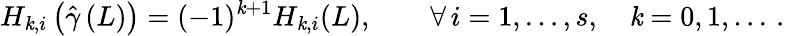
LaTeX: H_{\mathit{k},i}\left({\hat{{\gamma}}}\left(L\right)\right)=(-1)^{\mathit{k}+1}H_{\mathit{k},i}(L),\qquad\forall\, i=1,\ldots,s,\quad\mathit{k}=0,1,\ldots\, .